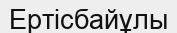
Ертісбайұлы